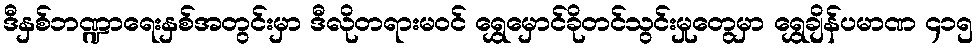
ဒီနှစ်ဘဏ္ဍာရေးနှစ်အတွင်းမှာ ဒီလိုတရားမဝင် ရွှေမှောင်ခိုတင်သွင်းမှုတွေမှာ ရွှေချိန်ပမာဏ ၄၁၅